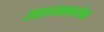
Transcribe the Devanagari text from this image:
साहाय्यकाबरोबर